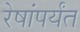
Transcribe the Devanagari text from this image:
रेषांपर्यंत